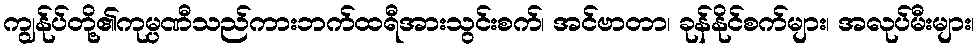
ကျွန်ုပ်တို့၏ကုမ္ပဏီသည်ကားဘက်ထရီအားသွင်းစက်၊ အင်ဗာတာ၊ ခုန်နိုင်စက်များ၊ အလုပ်မီးများ၊